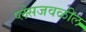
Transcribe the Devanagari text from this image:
प्लेसजवळील